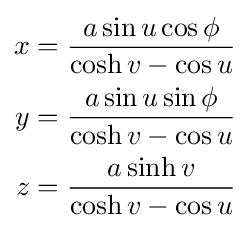
{\begin{aligned}x&={\frac {a\sin u\cos \phi }{\cosh v-\cos u}}\\y&={\frac {a\sin u\sin \phi }{\cosh v-\cos u}}\\z&={\frac {a\sinh v}{\cosh v-\cos u}}\end{aligned}}